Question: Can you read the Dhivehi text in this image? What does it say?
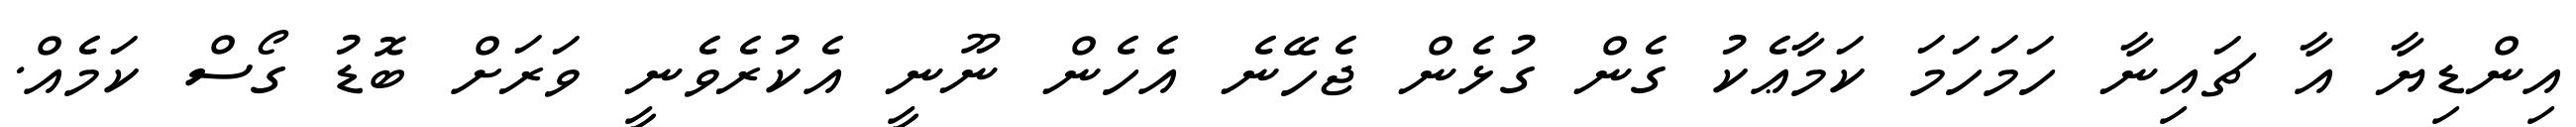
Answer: އިންޑިޔާ އާ ޗައިނާ ހަމަހަމަ ކަމާޢެކު ގެން ގުޅެން ޖެހޭނެ އެހެން ނޫނީ އެކުރެވެނީ ވަރަށް ބޮޑު ގޯސް ކަމެއް.